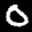
Label: 0